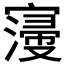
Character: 𡫏